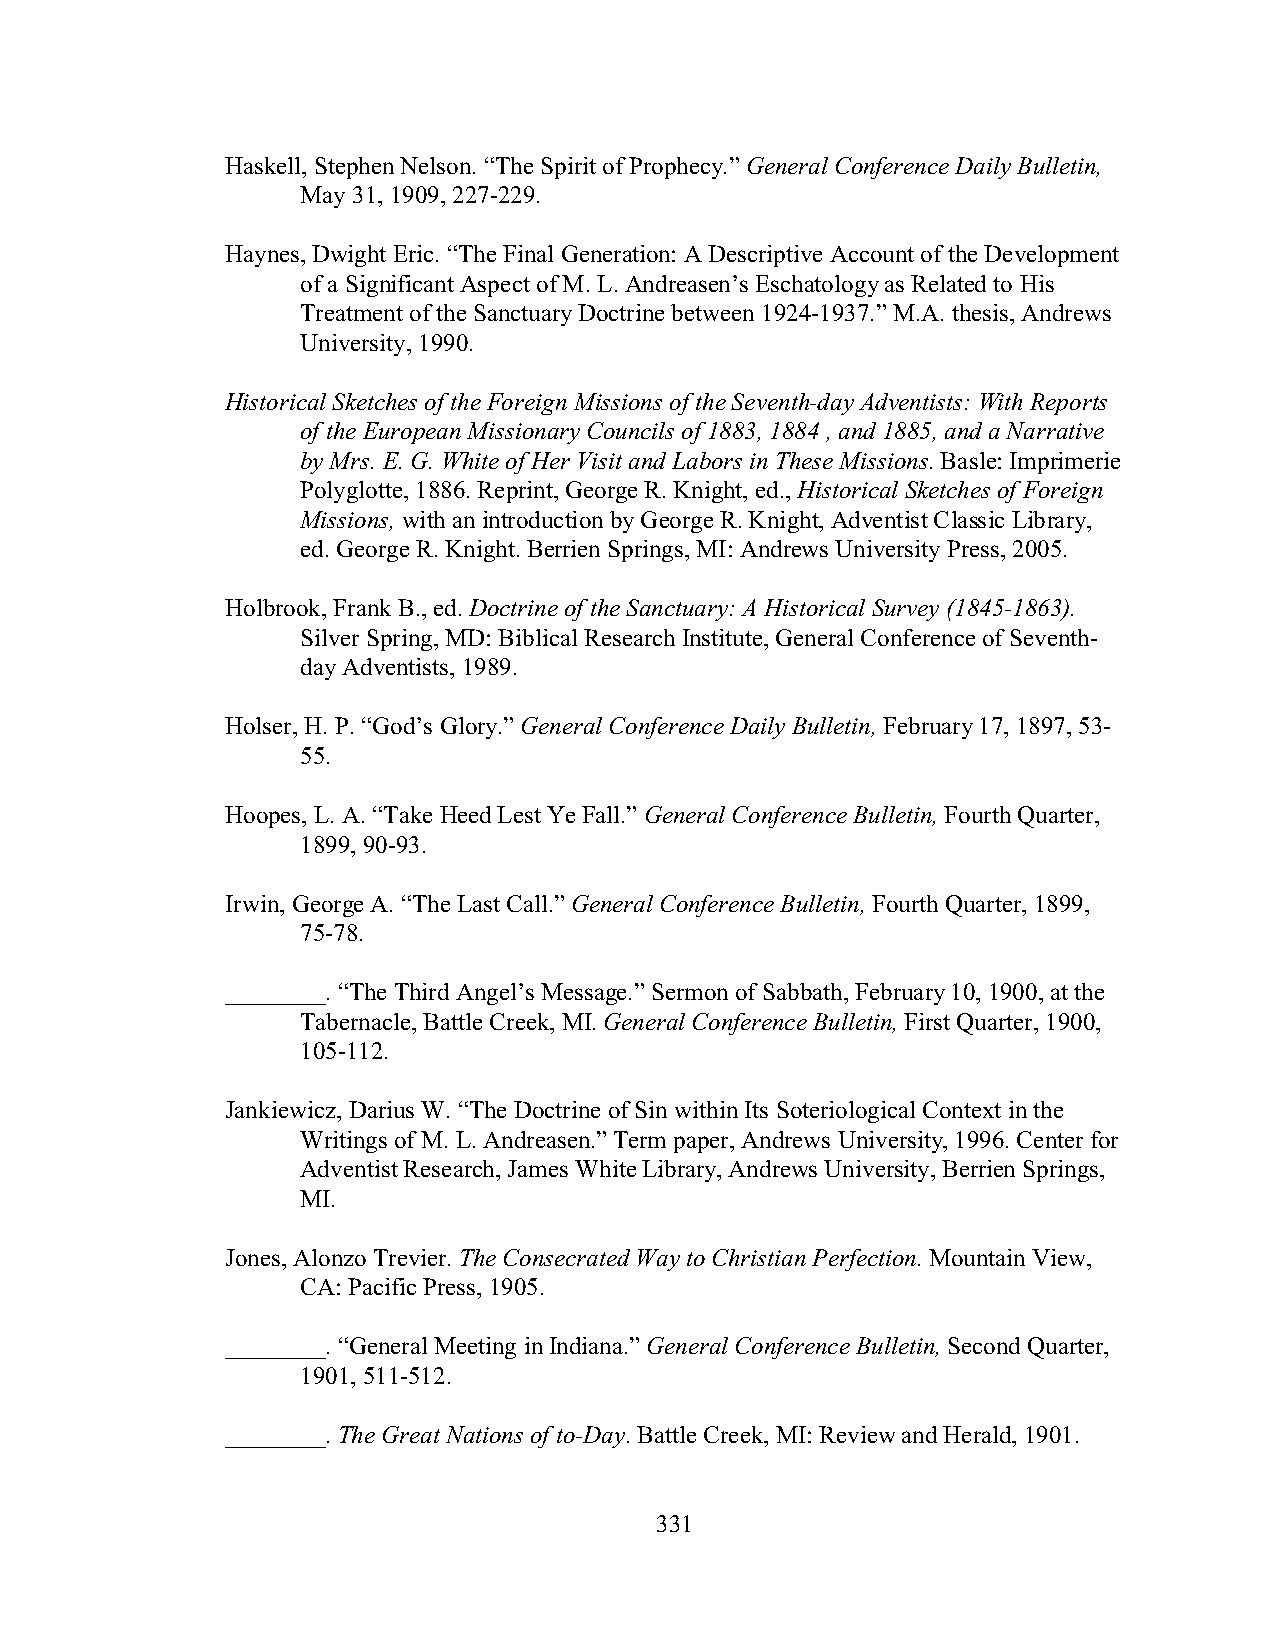
Haskell, Stephen Nelson. “The Spirit of Prophecy.” General Conference Daily Bulletin,
 May 31, 1909, 227-229.
 Haynes, Dwight Eric. “The Final Generation: A Descriptive Account of the Development
 of a Significant Aspect of M. L. Andreasen’s Eschatology as Related to His
 Treatment of the Sanctuary Doctrine between 1924-1937.” M.A. thesis, Andrews
 University, 1990.
 Historical Sketches of the Foreign Missions of the Seventh-day Adventists: With Reports
 of the European Missionary Councils of 1883, 1884 , and 1885, and a Narrative
 by Mrs. E. G. White of Her Visit and Labors in These Missions. Basle: Imprimerie
 Polyglotte, 1886. Reprint, George R. Knight, ed., Historical Sketches of Foreign
 Missions, with an introduction by George R. Knight, Adventist Classic Library,
 ed. George R. Knight. Berrien Springs, MI: Andrews University Press, 2005.
 Holbrook, Frank B., ed. Doctrine of the Sanctuary: A Historical Survey (1845-1863).
 Silver Spring, MD: Biblical Research Institute, General Conference of Seventh-
 day Adventists, 1989.
 Holser, H. P. “God’s Glory.” General Conference Daily Bulletin, February 17, 1897, 53-
 55.
 Hoopes, L. A. “Take Heed Lest Ye Fall.” General Conference Bulletin, Fourth Quarter,
 1899, 90-93.
 Irwin, George A. “The Last Call.” General Conference Bulletin, Fourth Quarter, 1899,
 75-78.
 ________. “The Third Angel’s Message.” Sermon of Sabbath, February 10, 1900, at the
 Tabernacle, Battle Creek, MI. General Conference Bulletin, First Quarter, 1900,
 105-112.
 Jankiewicz, Darius W. “The Doctrine of Sin within Its Soteriological Context in the
 Writings of M. L. Andreasen.” Term paper, Andrews University, 1996. Center for
 Adventist Research, James White Library, Andrews University, Berrien Springs,
 MI.
 Jones, Alonzo Trevier. The Consecrated Way to Christian Perfection. Mountain View,
 CA: Pacific Press, 1905.
 ________. “General Meeting in Indiana.” General Conference Bulletin, Second Quarter,
 1901, 511-512.
 ________. The Great Nations of to-Day. Battle Creek, MI: Review and Herald, 1901.
 331